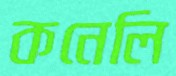
কনেলি